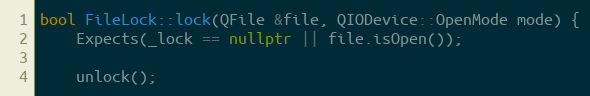
Language: C++
bool FileLock::lock(QFile &file, QIODevice::OpenMode mode) {
	Expects(_lock == nullptr || file.isOpen());

	unlock();